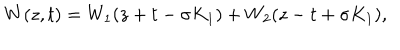
LaTeX: W ( z , t ) = W _ { 1 } ( z + t - \sigma K _ { 1 } ) + W _ { 2 } ( z - t + \sigma K _ { 1 } ) ,